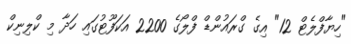
"ހިޔާފްލެޓް 12" އިގެ ގްރައުންޑް ފްލޯގެ 2200 އަކަފޫޓުގައި ހަދާ މި ކްލިނިކް